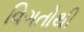
વિગતોથી